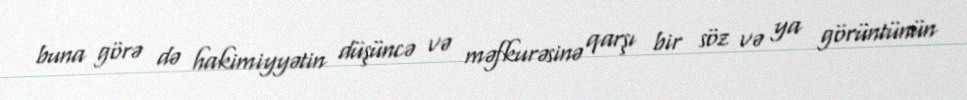
buna görə də hakimiyyətin düşüncə və məfkurəsinə qarşı bir söz və ya görüntünün